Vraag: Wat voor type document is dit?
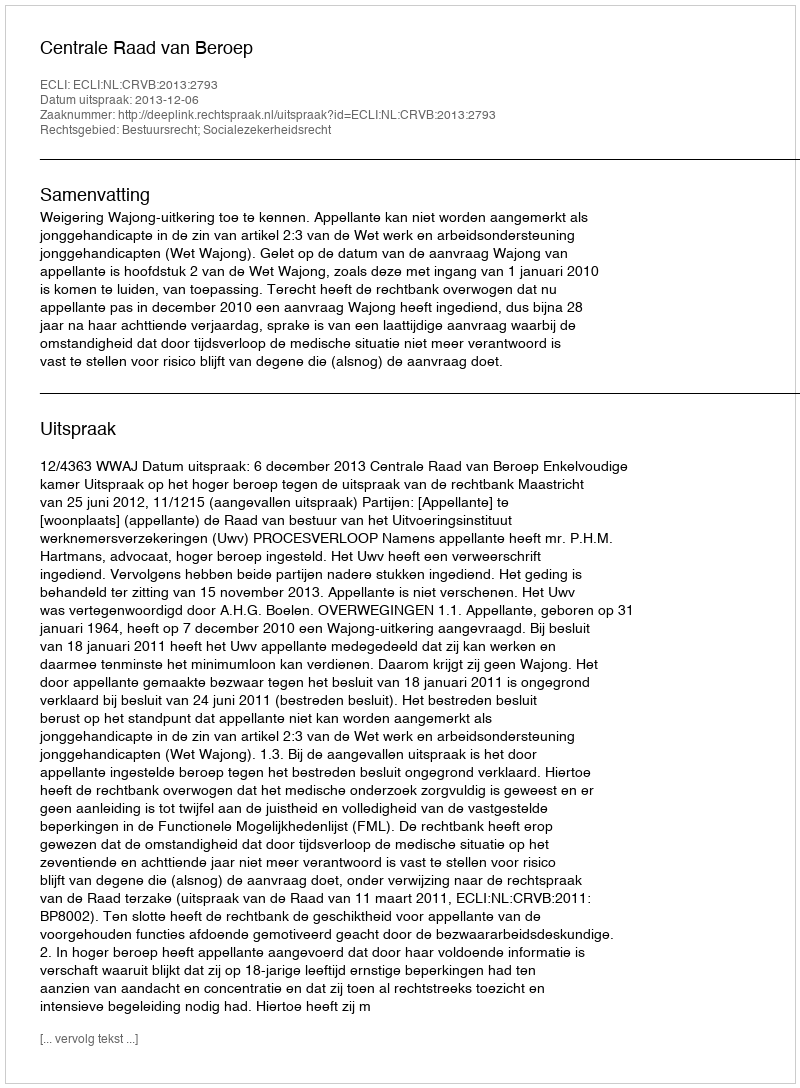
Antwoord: Uitspraak